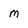
Character: M